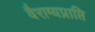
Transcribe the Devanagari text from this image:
वैराग्यप्राप्ति